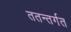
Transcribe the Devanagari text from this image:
ततन्तर्गत